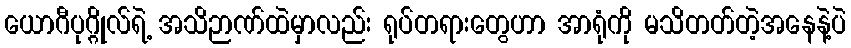
ယောဂီပုဂ္ဂိုလ်ရဲ့ အသိဉာဏ်ထဲမှာလည်း ရုပ်တရားတွေဟာ အာရုံကို မသိတတ်တဲ့အနေနဲ့ပဲ